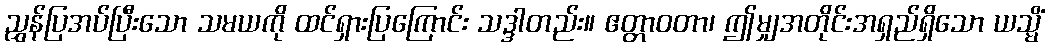
ညွှန်ပြအပ်ပြီးသော သမယကို ထင်ရှားပြကြောင်း သဒ္ဒါတည်း။ ဧတ္တာဝတာ၊ ဤမျှအတိုင်းအရှည်ရှိသော ယသ္မိံ